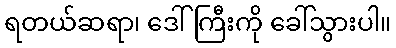
ရတယ်ဆရာ၊ ဒေါ်ကြီးကို ခေါ်သွားပါ။